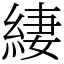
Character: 緀